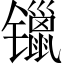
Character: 镴